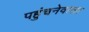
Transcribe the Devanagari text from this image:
पहुंचनेवाला